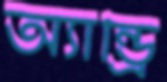
অ্যান্ড্রি